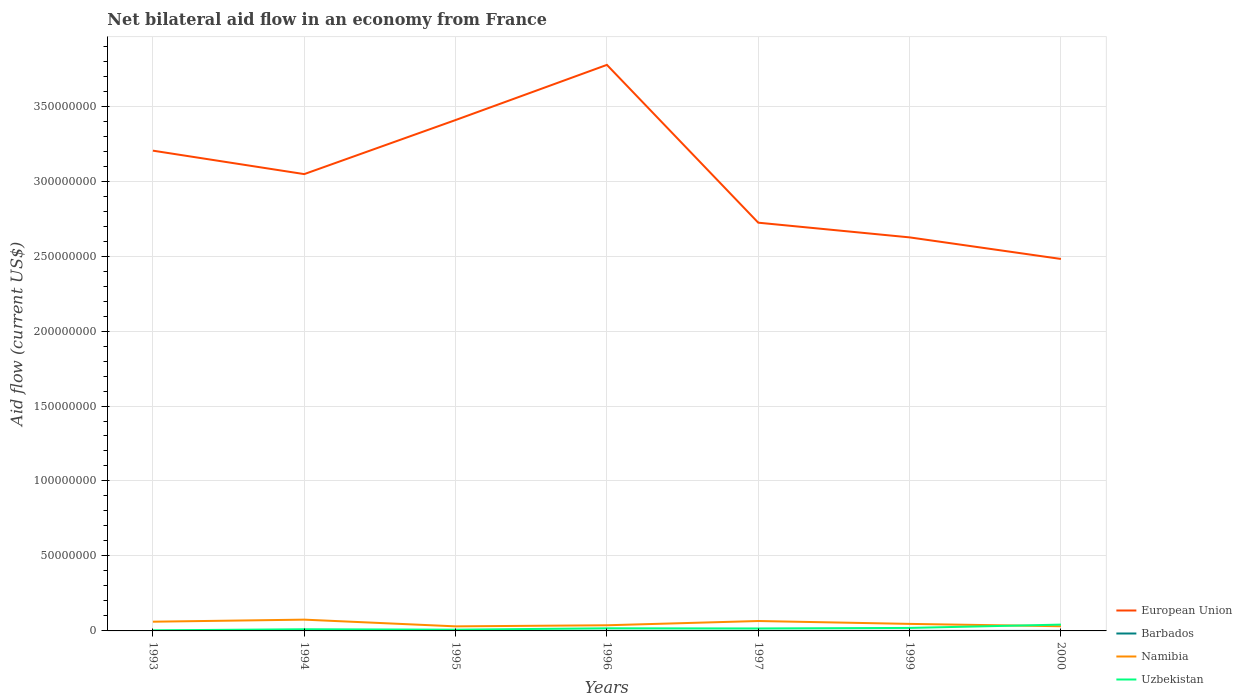
| Years | European Union | Barbados | Namibia | Uzbekistan |
 | --- | --- | --- | --- | --- |
 | 1993 | 3.2e+08 | 1e+04 | 6.15e+06 | 3.8e+05 |
 | 1994 | 3.05e+08 | 3e+04 | 7.52e+06 | 1.11e+06 |
 | 1995 | 3.41e+08 | 3e+04 | 3.04e+06 | 8.3e+05 |
 | 1996 | 3.78e+08 | 5e+04 | 3.77e+06 | 1.75e+06 |
 | 1997 | 2.72e+08 | 4e+04 | 6.61e+06 | 1.64e+06 |
 | 1999 | 2.62e+08 | 3e+04 | 4.69e+06 | 2e+06 |
 | 2000 | 2.48e+08 | 1e+04 | 3.12e+06 | 4.21e+06 |